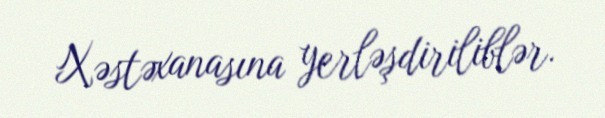
Xəstəxanasına yerləşdiriliblər.